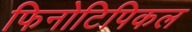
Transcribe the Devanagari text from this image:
फिनोटिपिकल